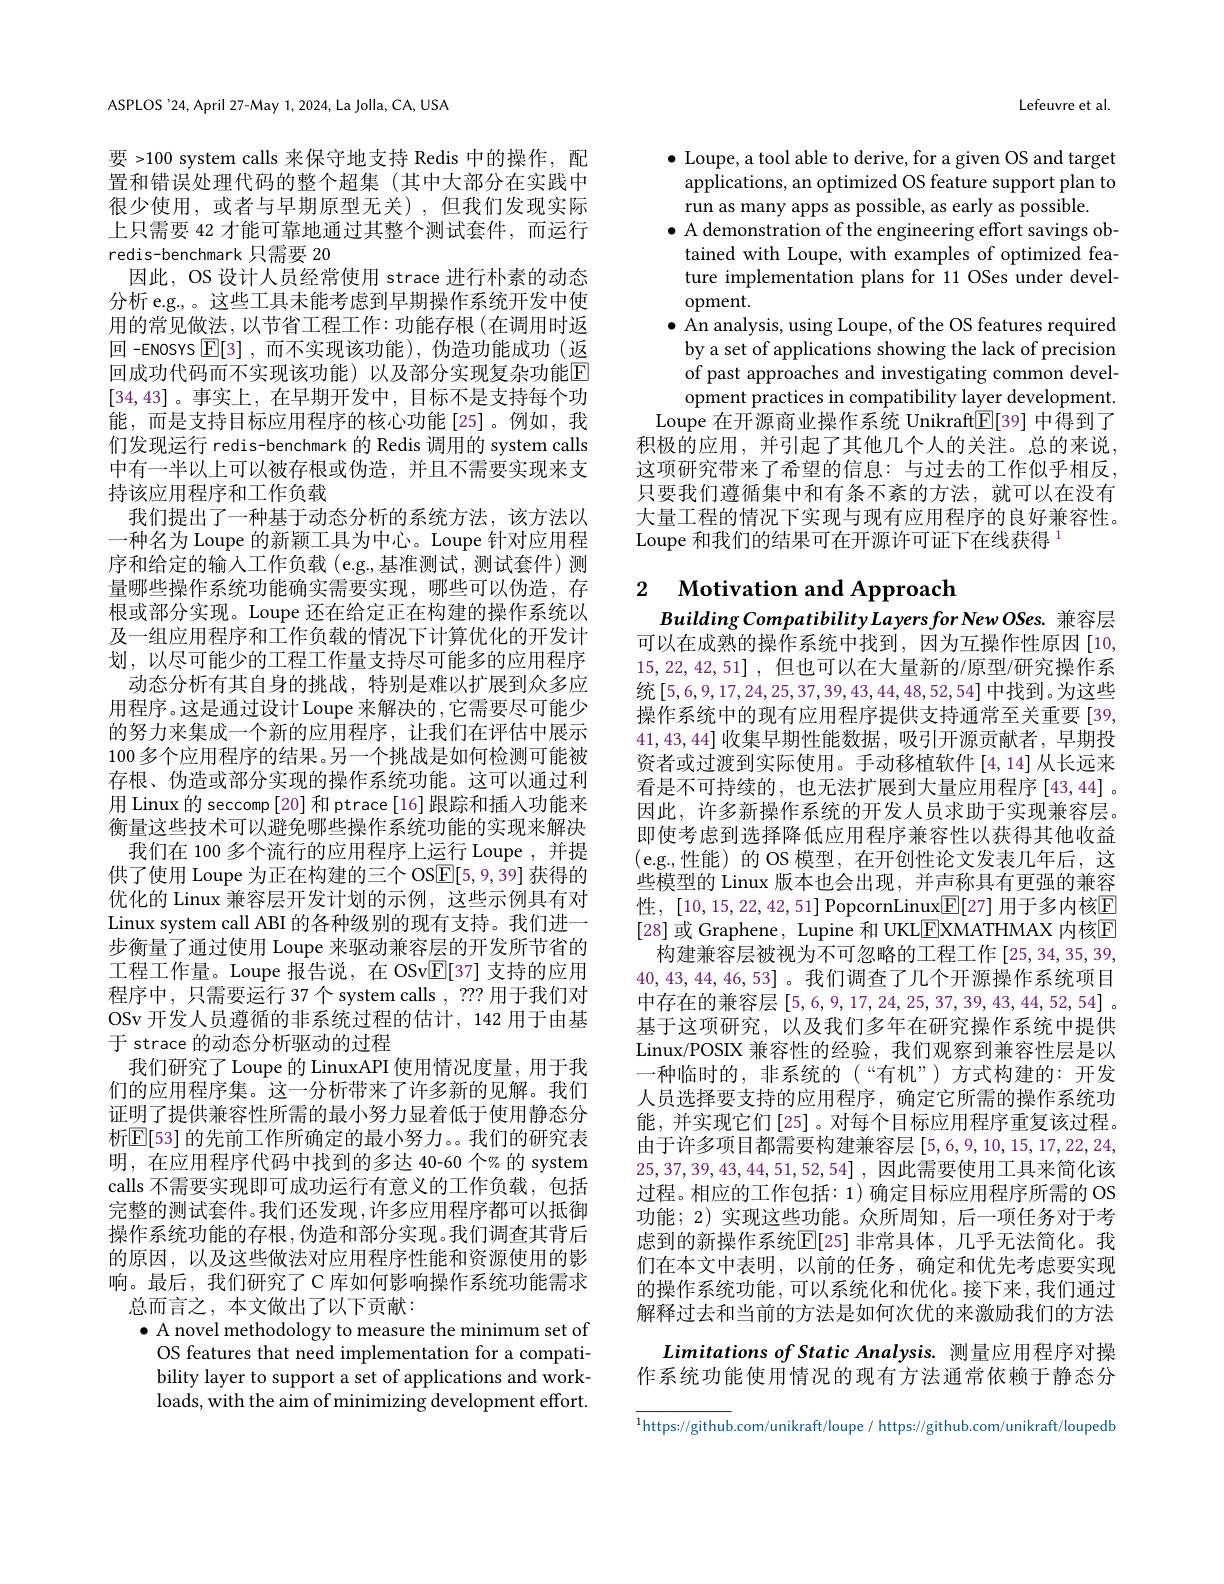
ASPLOS '24, April 27-May 1, 2024, La Jolla, CA, USA

要 >100 system calls 来保守地支持 Redis 中的操作，配置和错误处理代码的整个超集(其中大部分在实践中很少使用，或者与早期原型无关),但我们发现实际上只需要 42 才能可靠地通过其整个测试套件，而运行redis-benchmark 只需要 20
因此，OS 设计人员经常使用 strace 进行朴素的动态分析 e.g., 。这些工具未能考虑到早期操作系统开发中使用的常见做法，以节省工程工作：功能存根(在调用时返回 -enosrs $\boxed{\mathbb{E}[3]}$,而不实现该功能),伪造功能成功(返回成功代码而不实现该功能)以及部分实现复杂功能$\overline{\mathbb{E}}$ [34,43]。事实上，在早期开发中，目标不是支持每个功能，而是支持目标应用程序的核心功能[25]。例如，我们发现运行 redis-benchmark 的 Redis 调用的 system calls 中有一半以上可以被存根或伪造，并且不需要实现来支持该应用程序和工作负载
我们提出了一种基于动态分析的系统方法，该方法以一种名为 Loupe 的新颖工具为中心。Loupe 针对应用程序和给定的输入工作负载 (e.g.,基准测试，测试套件)测量哪些操作系统功能确实需要实现，哪些可以伪造，存根或部分实现。Loupe 还在给定正在构建的操作系统以及一组应用程序和工作负载的情况下计算优化的开发计划，以尽可能少的工程工作量支持尽可能多的应用程序
动态分析有其自身的挑战，特别是难以扩展到众多应用程序。这是通过设计 Loupe 来解决的 , 它需要尽可能少的努力来集成一个新的应用程序，让我们在评估中展示100 多个应用程序的结果。另一个挑战是如何检测可能被存根、伪造或部分实现的操作系统功能。这可以通过利用 Linux 的 seccomp [20] 和 ptrace[16] 跟踪和插入功能来衡量这些技术可以避免哪些操作系统功能的实现来解决
我们在 100 多个流行的应用程序上运行 Loupe , 并提供了使用 Loupe 为正在构建的三个 OS$\underline{\mathrm{E}}[5,9,39]$获得的优化的 Linux 兼容层开发计划的示例，这些示例具有对Linux system call ABI 的各种级别的现有支持。我们进一步衡量了通过使用 Loupe 来驱动兼容层的开发所节省的工程工作量。Loupe 报告说，在 OSv$\mathbb{E}[37]$支持的应用程序中，只需要运行 37个 system calls , ??? 用于我们对OSv 开发人员遵循的非系统过程的估计，142 用于由基于 strace 的动态分析驱动的过程
我们研究了 Loupe 的 LinuxAPI 使用情况度量，用于我们的应用程序集。这一分析带来了许多新的见解。我们证明了提供兼容性所需的最小努力显着低于使用静态分析$\mathbb{E}[53]$ 的先前工作所确定的最小努力。。我们的研究表明，在应用程序代码中找到的多达 40-60 个% 的 system calls 不需要实现即可成功运行有意义的工作负载，包括完整的测试套件。我们还发现，许多应用程序都可以抵御操作系统功能的存根，伪造和部分实现。我们调查其背后的原因，以及这些做法对应用程序性能和资源使用的影响。最后，我们研究了C库如何影响操作系统功能需求
总而言之，本文做出了以下贡献：
$\bullet$ A novel methodology to measure the minimum set of
OS features that need implementation for a compatibility layer to support a set of applications and workloads, with the aim of minimizing development effort.

Lefeuvre et al

$\bullet$ Loupe, a tool able to derive, for a given OS and target
applications, an optimized OS feature support plan to
run as many apps as possible, as early as possible.
$\bullet$ A demonstration of the engineering effort savings obtained with Loupe, with examples of optimized feature implementation plans for 11 OSes under development.
$\bullet$ An analysis, using Loupe, of the OS features required
by a set of applications showing the lack of precision of past approaches and investigating common development practices in compatibility layer development.
Loupe 在开源商业操作系统 Unikraft$\underline{\mathbb{E}}[39]$中得到了积极的应用，并引起了其他几个人的关注。总的来说， 这项研究带来了希望的信息：与过去的工作似乎相反， 只要我们遵循集中和有条不紊的方法，就可以在没有大量工程的情况下实现与现有应用程序的良好兼容性。Loupe 和我们的结果可在开源许可证下在线获得$^{1}$

## 2 $\textbf{Motivation and Approach}$

Building Compatibility Layers for New OSes. 兼容层可以在成熟的操作系统中找到，因为互操作性原因[10, 15,22,42,51] ,但也可以在大量新的/原型/研究操作系统[5,6,9,17,24,25,37,39,43,44,48,52,54]中找到。为这些操作系统中的现有应用程序提供支持通常至关重要[39, 41,43,44]收集早期性能数据，吸引开源贡献者，早期投资者或过渡到实际使用。手动移植软件[4,14]从长远来看是不可持续的，也无法扩展到大量应用程序[43,44]。因此，许多新操作系统的开发人员求助于实现兼容层。即使考虑到选择降低应用程序兼容性以获得其他收益(e.g.,性能)的 OS 模型，在开创性论文发表几年后，这些模型的 Linux 版本也会出现，并声称具有更强的兼容性，[10,15,22,42,51] PopcornLinux$\boxed{\mathbb{E}}[27]$ 用于多内核$\mathbb{E}$ [28]或 Graphene, Lupine 和 UKL$\underline{\mathrm{E}}$XMATHMAX 内核E
构建兼容层被视为不可忽略的工程工作[25,34,35,39, 40,43,44,46,53]。我们调查了几个开源操作系统项目中存在的兼容层[5,6,9,17,24,25,37,39,43,44,52,54] 。基于这项研究，以及我们多年在研究操作系统中提供Linux/POSIX 兼容性的经验，我们观察到兼容性层是以一种临时的、非系统的(“有机”)方式构建的：开发人员选择要支持的应用程序，确定它所需的操作系统功能，并实现它们[25]。对每个目标应用程序重复该过程。由于许多项目都需要构建兼容层[5,6,9,10,15,17,22,24, 25,37,39,43,44,51,52,54] ,因此需要使用工具来简化该过程。相应的工作包括：1)确定目标应用程序所需的 OS 功能；2) 实现这些功能。众所周知，后一项任务对于考虑到的新操作系统$\mathbb{E}[$25]非常具体，几乎无法简化。我们在本文中表明，以前的任务，确定和优先考虑要实现的操作系统功能，可以系统化和优化。接下来，我们通过解释过去和当前的方法是如何次优的来激励我们的方法
Limitations of Static Analysis. 测量应用程序对操作系统功能使用情况的现有方法通常依赖于静态分

$^{1}$https://github.com/unikraft/loupe/ https://github.com/unikraft/loupedb